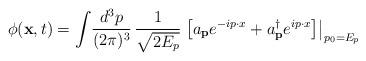
LaTeX: \begin{align*}\phi({\bf x},t) = \int\! \frac{d^{3}p}{(2\pi)^3}\,\frac{1}{\sqrt{2 E_{p}}}\left.\left[ a_{\bf p}e^{-ip \cdot x} +a^{\dag}_{\bf p}e^{ip \cdot x }\right]\right|_{p_{0} = E_{p}}\end{align*}